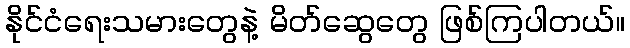
နိုင်ငံရေးသမားတွေနဲ့ မိတ်ဆွေတွေ ဖြစ်ကြပါတယ်။